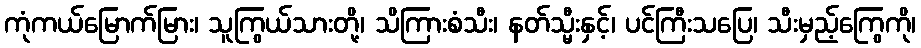
ကုံကယ်မြောက်မြား၊ သူကြွယ်သားတို့၊ သိကြားစံသီး၊ နတ်သ္မီးနှင့်၊ ပင်ကြီးသပြေ၊ သီးမှည့်ကြွေကို၊